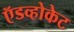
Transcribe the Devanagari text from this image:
ऍडव्होकेट